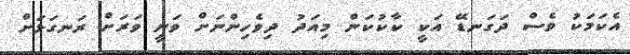
އެކަމަކު ވެސް ދަގަނޑޭ އަކީ ކާކުކަން މިއަދު ދިވެހިންނަށް ވަނީ ވަރަށް ރަނގަޅަށް